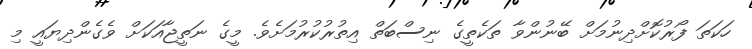
ހަކަތަ ފޯރުކޮށްދިނުމަށް ބޭނުންވާ ތަކެތީގެ ނިސްބަތް އިތުރުކުރުމަށެވެ. މީގެ ނަތީޖާއަކަށް ވެގެންދިޔައީ މި